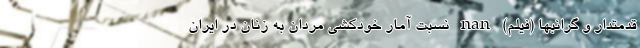
قدمتدار و گرانبها (فیلم) nan نسبت آمار خودکشی مردان به زنان در ایران